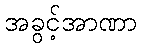
အခွင့်အာဏာ